Etiology and epidemiology of plague
Disease focus: Plague
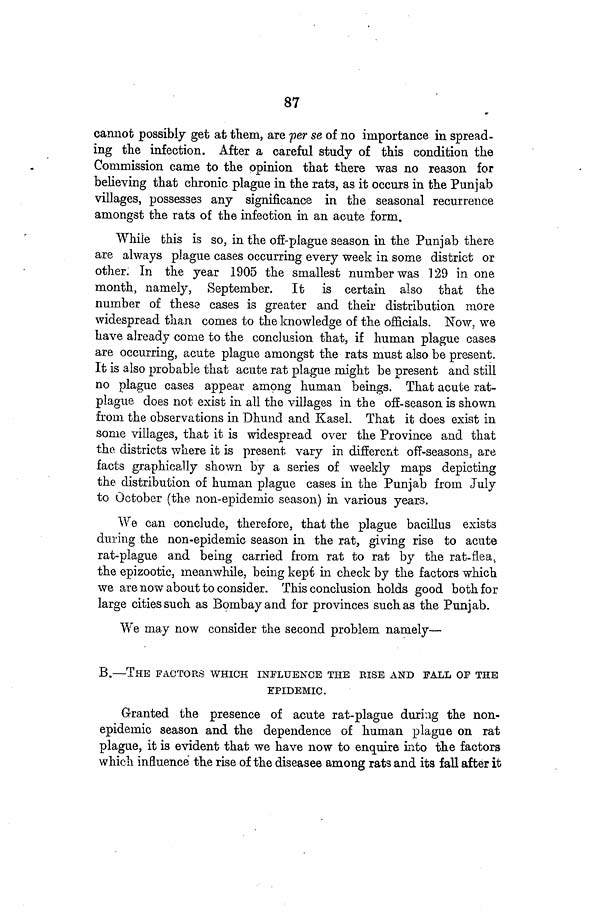
87
cannot possibly get at them, are per se of no importance in spread-
ing the infection. After a careful study of this condition the
Commission came to the opinion that there was no reason for
believing that chronic plague in the rats, as it occurs in the Punjab
villages, possesses any significance in the seasonal recurrence
amongst the rats of the infection in an acute form.
While this is so, in the off-plague season in the Punjab there
are always plague cases occurring every week in some district or
other. In the year 1905 the smallest number was 129 in one
month, namely, September. It is certain also that the
number of these cases is greater and their distribution more
widespread than comes to the knowledge of the officials. Now, we
have already come to the conclusion that, if human plague cases
are occurring, acute plague amongst the rats must also be present.
It is also probable that acute rat plague might be present and still
no plague cases appear among human beings. That acute rat-
plague does not exist in all the villages in the off-season is shown
from the observations in Dhund and Kasel. That it does exist in
some villages, that it is widespread over the Province and that
the, districts where it is present vary in different off-seasons, are
facts graphically shown by a series of weekly maps depicting
the distribution of human plague cases in the Punjab from July
to October (the non-epidemic season) in various years.
We can conclude, therefore, that the plague bacillus exists
during the non-epidemic season in the rat, giving rise to acute
rat-plague and being carried from rat to rat by the rat-flea,
the epizootic, meanwhile, being kept in check by the factors which
we are now about to consider. This conclusion holds good both for
large cities such as Bombay and for provinces such as the Punjab.
We may now consider the second problem namely—
B.—THE FACTORS WHICH INFLUENCE THE RISE AND FALL OF THE
EPIDEMIC.
Granted the presence of acute rat-plague during the non-
epidemic season and the dependence of human plague on rat
plague, it is evident that we have now to enquire into the factors
which influence the rise of the diseases among rats and its fall after it